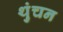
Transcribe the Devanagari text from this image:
थुंचन